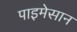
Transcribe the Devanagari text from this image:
पाइमेसान